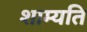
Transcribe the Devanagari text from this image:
शाम्यति